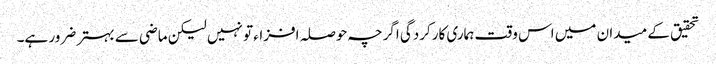
تحقیق کے میدان میں اس وقت ہماری کارکردگی اگرچہ حوصلہ افزاء تو نہیں لیکن ماضی سے بہتر ضرور ہے۔